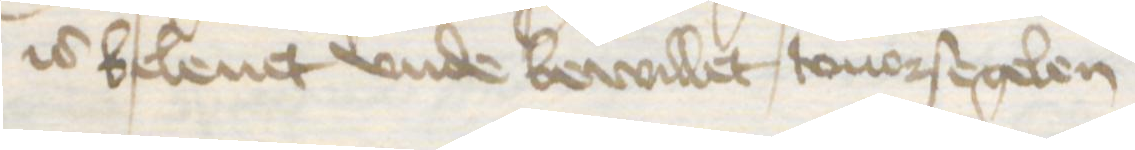
is beleuet vnde bewillet touorsegelen